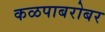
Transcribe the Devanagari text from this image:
कळपाबरोबर